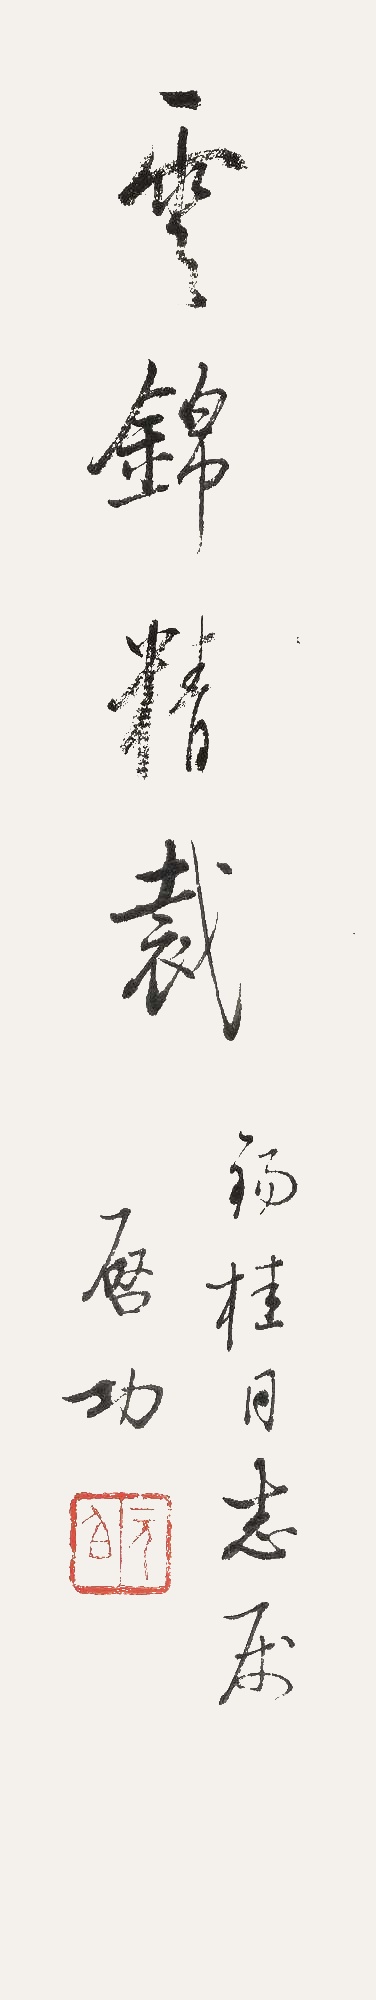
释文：云锦精裁锡桂同志属，启功。